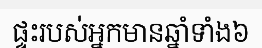
ផ្ទះរបស់អ្នកមានឆ្នាំទាំង៦